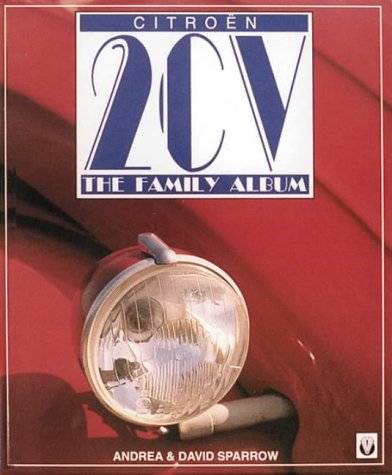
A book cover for Citroen 2Cv: The Family Album (Colour family album); Andrea Sparrow; Engineering & Transportation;